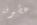
عطوفة